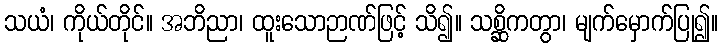
သယံ၊ ကိုယ်တိုင်။ အဘိညာ၊ ထူးသောဉာဏ်ဖြင့် သိ၍။ သစ္ဆိကတွာ၊ မျက်မှောက်ပြု၍။